画像に写った文字を読んでください
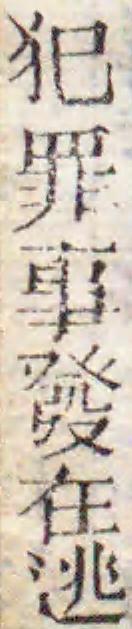
「犯罪事發在逃」と書いてあります